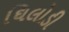
ઘિલોડી